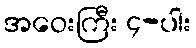
အဝေးကြီး ၄-ပါး